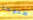
طموحة